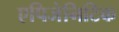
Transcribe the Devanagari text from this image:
एपिजेनिटिक